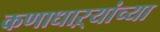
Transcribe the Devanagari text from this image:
कणाधाऱ्यांच्या